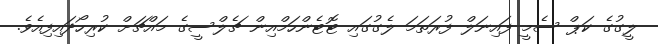
ލީގުގެ ކަޕް ސެމީ ފައިނަލް ފުރަތަމަ ލެގުގައި ޓޮޓެންހަމްއިން ޗެލްސީގެ މައްޗަށް ކުރިހޯދައިފިއެވެ.